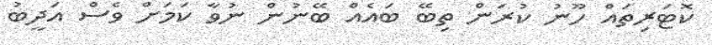
ކޮޓަރިތައް ހޫނު ކުރަން ތިބޭ ބައެއް ބޭނުން ނުވާ ކަމަށް ވެސް އަދީބު